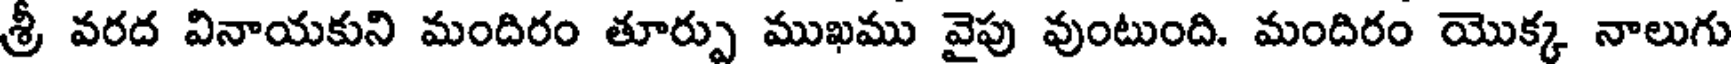
శ్రీ వరద వినాయకుని మందిరం తూర్పు ముఖము వైపు వుంటుంది. మందిరం యొక్క నాలుగు